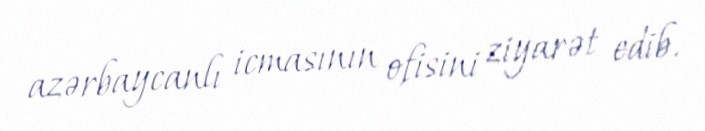
azərbaycanlı icmasının ofisini ziyarət edib.